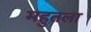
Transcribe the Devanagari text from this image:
महुतला